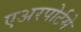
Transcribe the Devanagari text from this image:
एअरपोर्टमे